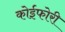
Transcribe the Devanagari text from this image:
कोईफोरी